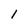
Character: 1